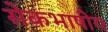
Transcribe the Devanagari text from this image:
सेेकभाषीय